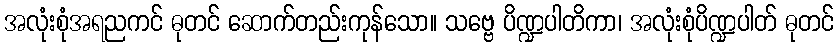
အလုံးစုံအရညကင် ဓုတင် ဆောက်တည်းကုန်သော။ သဗ္ဗေ ပိဏ္ဍပါတိကာ၊ အလုံးစုံပိဏ္ဍပါတ် ဓုတင်